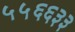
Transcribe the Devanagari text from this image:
५५६६३३